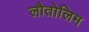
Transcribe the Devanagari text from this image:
लौतोलिम